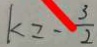
k \geq - \frac { 3 } { 2 }